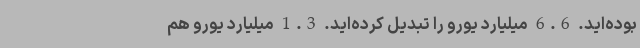
بوده‌اید. 6.6 میلیارد یورو را تبدیل کرده‌اید. 1.3 میلیارد یورو هم